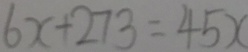
6 x + 2 7 3 = 4 5 x